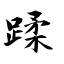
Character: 蹂